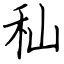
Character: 秈